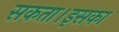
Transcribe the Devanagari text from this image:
सकता।इसका